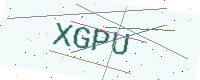
Text: XGPU